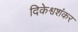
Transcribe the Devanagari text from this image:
दिकेश्वशंकर